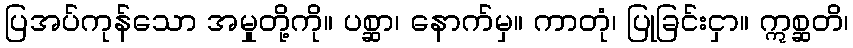
ပြအပ်ကုန်သော အမှုတို့ကို။ ပစ္ဆာ၊ နောက်မှ။ ကာတုံ၊ ပြုခြင်းငှာ။ ဣစ္ဆတိ၊